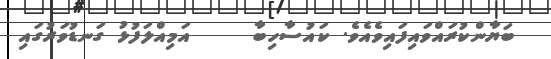
ބަޔާންކުރައްވައިފައިވެއެވެ. ކައުސާހިބާ     އަމިއްލަފުޅު ގަނޑުވަރުގައި